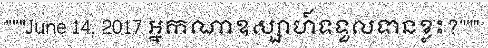
"""June 14, 2017 អ្នកណាឧស្សាហ៍ទទួលទានខ្លះ?"""